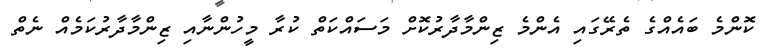
ކޮންމެ ބައެއްގެ ތެރޭގައި އެންމެ ޒިންމާދާރުކޮށް މަސައްކަތް ކުރާ މީހުންނާއި ޒިންމާދާރުކަމެއް ނެތް